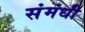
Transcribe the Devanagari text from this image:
संमंधी